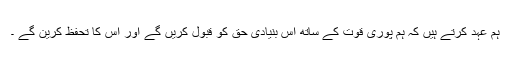
ہم عہد کرتے ہیں کہ ہم پوری قوت کے ساتھ اس بنیادی حق کو قبول کریں گے اور اس کا تحفظ کرین گے ۔